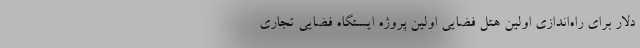
دلار برای راه‌اندازی اولین هتل فضایی اولین پروژه ایستگاه فضایی تجاری